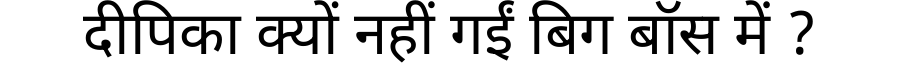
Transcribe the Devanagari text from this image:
दीपिका क्यों नहीं गईं बिग बॉस में ?